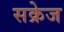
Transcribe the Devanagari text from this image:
सक्रेज